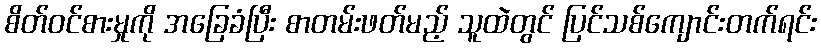
စိတ်ဝင်စားမှုကို အခြေခံပြီး စာတမ်းဖတ်မည့် သူထဲတွင် ပြင်သစ်ကျောင်းတက်ရင်း